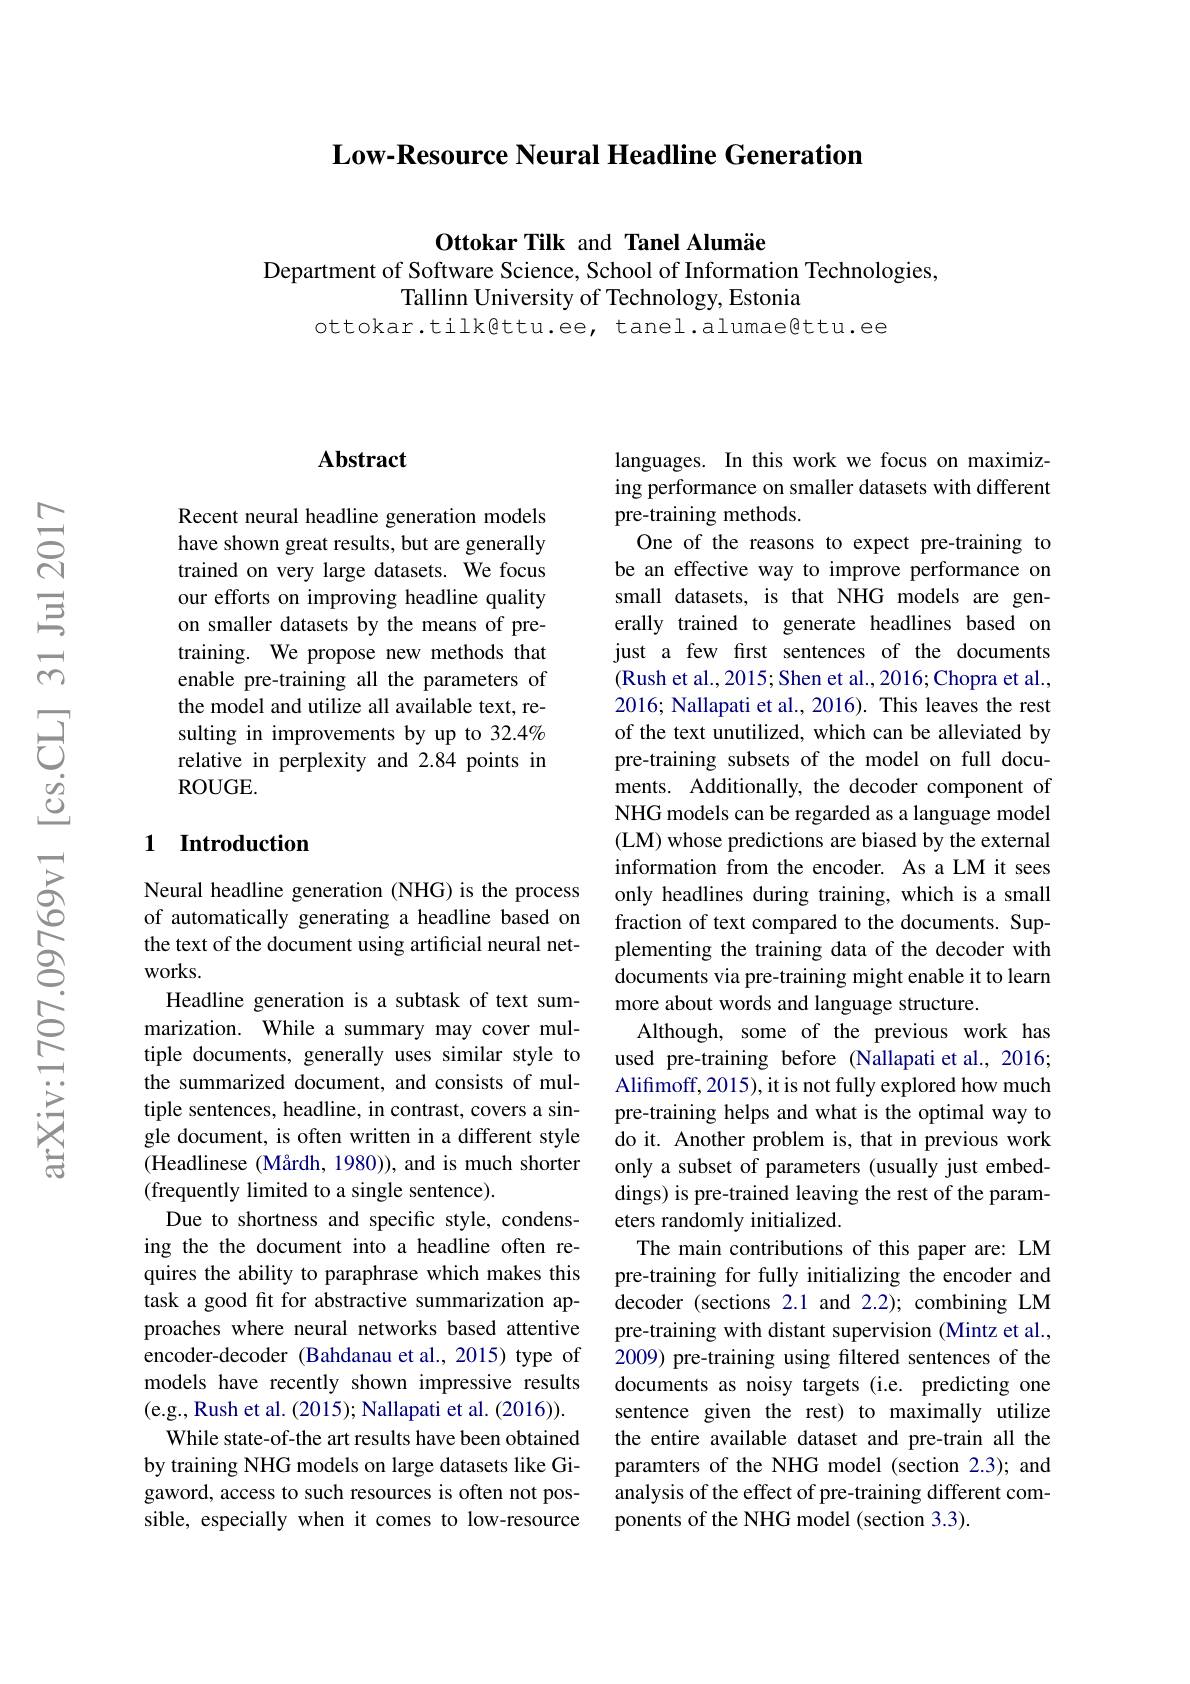
### Low-Resource Neural Headline Generation

Ottokar Tilk and Tanel Alumäe
Department of Software Science, School of Information Technologies,

Tallinn University of Technology, Estonia
ottokar.tilk@ttu.ee, tanel.alumae@ttu.ee

## Abstract

Recent neural headline generation models have shown great results, but are generally trained on very large datasets. We focus our efforts on improving headline quality on smaller datasets by the means of pretraining. We propose new methods that enable pre-training all the parameters of the model and utilize all available text, resulting in improvements by up to 32.4% relative in perplexity and 2.84 points in ROUGE.

### 1 Introduction

Neural headline generation (NHG) is the process of automatically generating a headline based on the text of the document using artificial neural networks.
Headline generation is a subtask of text summarization. While a summary may cover multiple documents, generally uses similar style to the summarized document, and consists of multiple sentences, headline, in contrast, covers a single document, is often written in a different style (Headlinese (Mårdh, 1980)), and is much shorter (frequently limited to a single sentence).
Due to shortness and specific style, condensing the the document into a headline often requires the ability to paraphrase which makes this task a good fit for abstractive summarization approaches where neural networks based attentive encoder-decoder (Bahdanau et al., 2015) type of models have recently shown impressive results (e.g., Rush et al. (2015); Nallapati et al. (2016)).
While state-of-the art results have been obtained by training NHG models on large datasets like Gigaword, access to such resources is often not possible, especially when it comes to low-resource

languages. In this work we focus on maximizing performance on smaller datasets with different pre-training methods.
One of the reasons to expect pre-training to be an effective way to improve performance on small datasets, is that NHG models are generally trained to generate headlines based on just a few first sentences of the documents (Rush et al., 2015; Shen et al., 2016; Chopra et al., 2016; Nallapati et al., 2016). This leaves the rest of the text unutilized, which can be alleviated by pre-training subsets of the model on full documents. Additionally, the decoder component of NHG models can be regarded as a language model (LM) whose predictions are biased by the external information from the encoder. As a LM it sees only headlines during training, which is a small fraction of text compared to the documents. Supplementing the training data of the decoder with documents via pre-training might enable it to learn more about words and language structure.
Although, some of the previous work has used pre-training before (Nallapati et al., 2016; Alifmoff, 2015), it is not fully explored how much pre-training helps and what is the optimal way to do it. Another problem is, that in previous work only a subset of parameters (usually just embeddings) is pre-trained leaving the rest of the parameters randomly initialized
The main contributions of this paper are: LM pre-training for fully initializing the encoder and decoder (sections 2.1 and 2.2); combining LM pre-training with distant supervision (Mintz et al., 2009) pre-training using filtered sentences of the documents as noisy targets (i.e. predicting one sentence given the rest) to maximally utilize the entire available dataset and pre-train all the paramters of the NHG model (section 2.3); and analysis of the effect of pre-training different components of the NHG model (section 3.3).